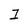
Character: 1